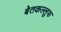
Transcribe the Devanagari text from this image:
बेतकल्लुफ